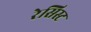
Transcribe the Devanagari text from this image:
रेसिस्ट